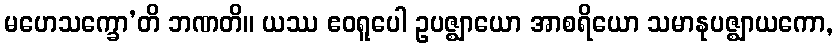
မဟေသက္ခော’တိ ဘဏတိ။ ယဿ ဧဝရူပေါ ဥပဇ္ဈာယော အာစရိယော သမာနုပဇ္ဈာယကော,